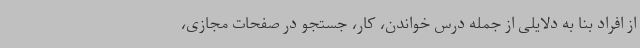
از افراد بنا به دلایلی از جمله درس خواندن، کار، جستجو در صفحات مجازی،